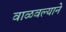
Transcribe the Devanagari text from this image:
वाळवल्याने